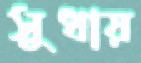
সুধায়